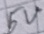
Text: 5V